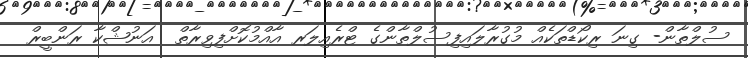
ސުލްތާން- ގިނަ ރިކޯޑްތަކެއް މުގުރާލައިފިސުލްތާންގެ ޓްރެއިލަރ އާއްމުކޮށްފިވިރާތް  އަނުޝްކާ ރަންބީރް